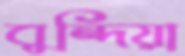
বুন্দিয়া